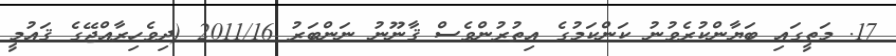
17. މަތީގައި ބަޔާންކުރެވުނު ކަންކަމުގެ އިތުރުންވެސް ޤާނޫނު ނަންބަރު 2011/16 (ދިވެހިރާއްޖޭގެ ޤައުމީ